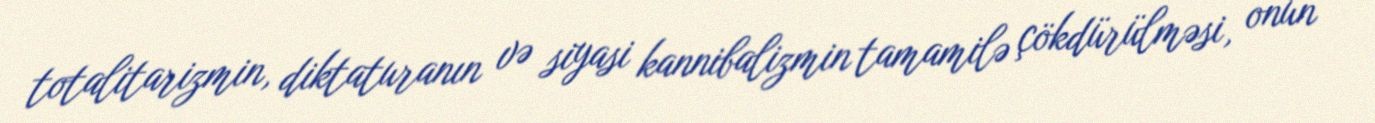
totalitarizmin, diktaturanın və siyasi kannibalizmin tamamilə çökdürülməsi, onun